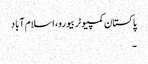
پاکستان کمپیوٹر بیورو، اسلام آباد
۔